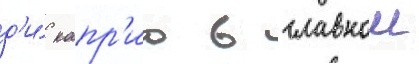
д'и́ капр'ио в главнои